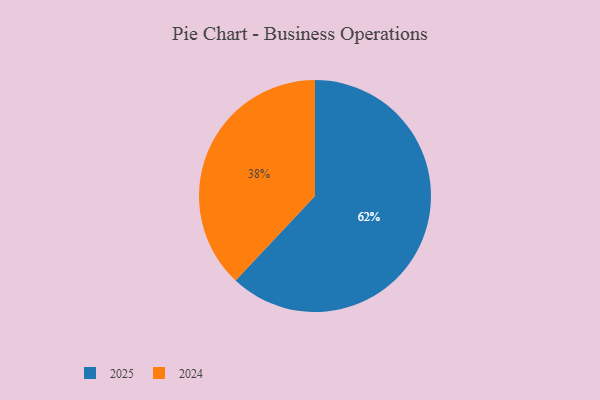
{"axis": {"x": "Category", "y": "Percentage"}, "legend": ["2024", "2025"], "data": [{"x": "2024", "y": 38, "type": "2024"}, {"x": "2025", "y": 62, "type": "2025"}]}